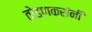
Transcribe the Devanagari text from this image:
तोडणकरांनी